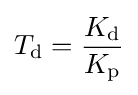
T_{\text{d}}={K_{\text{d}} \over K_{\text{p}}}